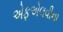
એફએલવીના